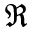
\mathfrak { R }